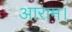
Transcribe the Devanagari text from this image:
आराम।